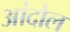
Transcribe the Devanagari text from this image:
आंदोल